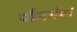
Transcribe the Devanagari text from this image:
पौनर्भव।